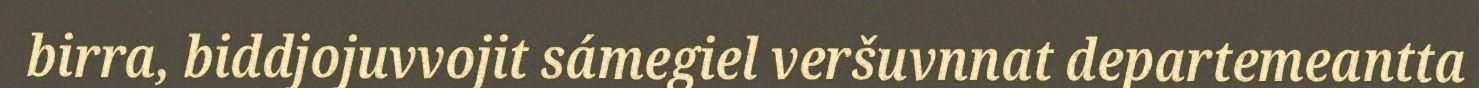
birra, biddjojuvvojit sámegiel veršuvnnat departemeantta